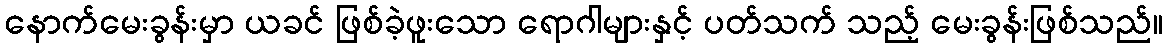
နောက်မေးခွန်းမှာ ယခင် ဖြစ်ခဲ့ဖူးသော ရောဂါများနှင့် ပတ်သက် သည့် မေးခွန်းဖြစ်သည်။